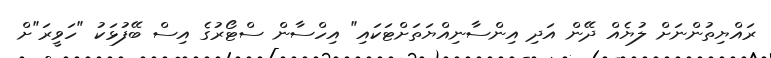
ރައްޔިތުންނަށް ލުޔެއް ދޭން އަދި އިންސާނިއްޔަތަށްޓަކައި" އިހްސާން ސްޓޯރުގެ އިސް ބޭފުޅަކު "ހަވީރަ"ށް